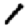
Digit: 1